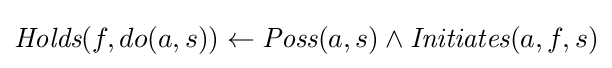
{\textit {Holds}}(f,do(a,s))\leftarrow {\textit {Poss}}(a,s)\wedge {\textit {Initiates}}(a,f,s)